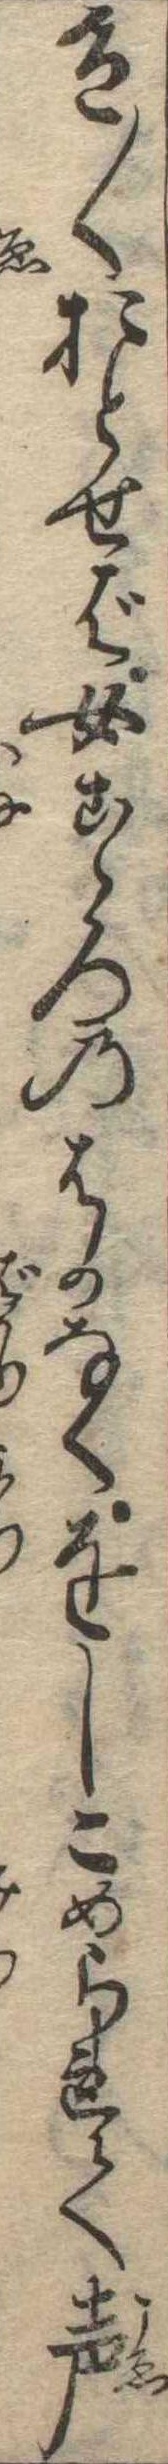
色〱おとせば女こゝろのはかなくをしこめられて声